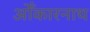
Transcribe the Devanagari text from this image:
ओँकारनाथ